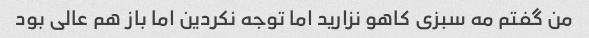
من گفتم مه سبزی کاهو نزارید اما توجه نکردین اما باز هم عالی بود